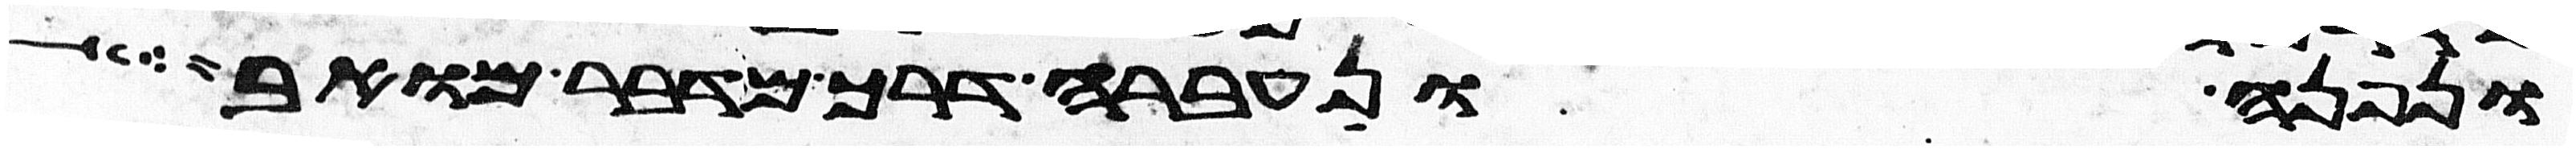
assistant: ונפנה ונעברה דרך מדבר מואב